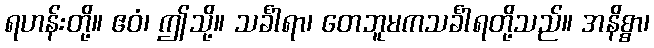
ရဟန်းတို့။ ဧဝံ၊ ဤသို့။ သင်္ခါရာ၊ တေဘူမကသင်္ခါရတို့သည်။ အနိစ္စာ၊